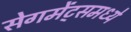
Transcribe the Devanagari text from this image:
सेगमेंट्समध्ये